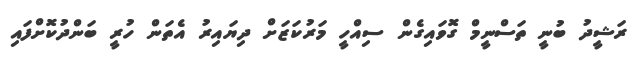
ރަޝީދު ބުނީ ތަސްނީމް ގޮވައިގެން ސިއްހީ މަރުކަޒަށް ދިޔައިރު އެތަން ހުރީ ބަންދުކޮށްފައި